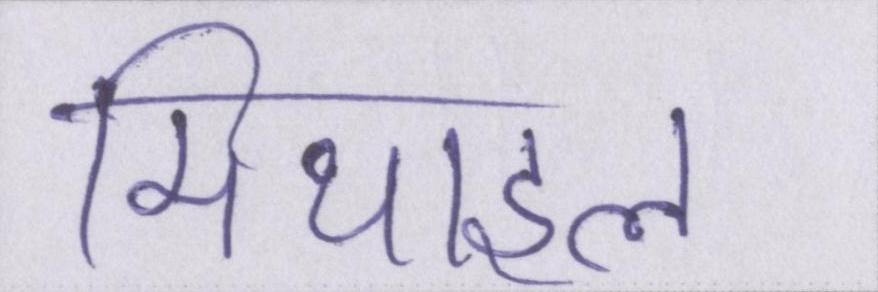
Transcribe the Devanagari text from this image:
मिथाइल